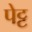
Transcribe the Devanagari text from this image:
पेट्ट